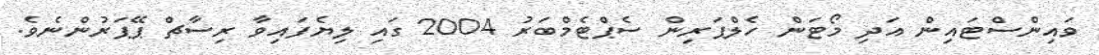
ވައިންސްޓައިން އަދި މޯޓަން ހެލްޕަރިން ސެޕްޓެމްބަރު 2004 ގައި ލިޔެފައިވާ ރިސާޗް ޕޭޕަރުންނެވެ.